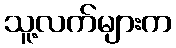
သူ့လက်များက